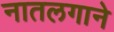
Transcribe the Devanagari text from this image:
नातलगाने